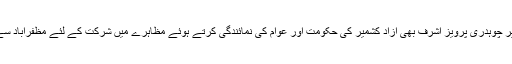
مقبوضہ کشمیر کی عوام سے اظہاریکجہتی کے لئے حکومت ِآزاد کشمیر کے وزیر چوہدری پرویز اشرف بھی آزاد کشمیر کی حکومت اور عوام کی نمائندگی کرتے ہوئے مظاہرے میں شرکت کے لئے مظفرآباد سے جنیوا پہنچے جبکہ برطانیہ کے ممبر پارلیمنٹ خالد محمود نے بھی شرکت کی۔